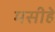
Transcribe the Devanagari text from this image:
मसीहे